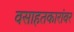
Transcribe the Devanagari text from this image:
वसाहतकारांवर